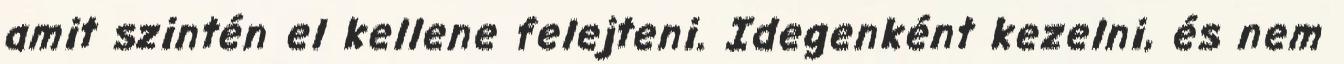
amit szintén el kellene felejteni. Idegenként kezelni, és nem